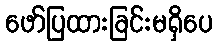
ဖော်ပြထားခြင်းမရှိပေ